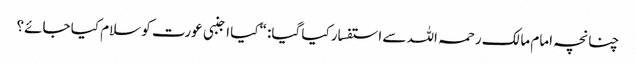
چنانچہ امام مالک رحمہ اللہ سے استفسار کیا گیا: “کیا اجنبی عورت کو سلام کیا جائے؟